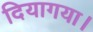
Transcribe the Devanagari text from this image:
दियागया।